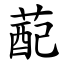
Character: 蓜